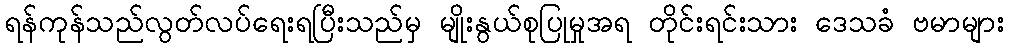
ရန်ကုန်သည်လွတ်လပ်ရေးရပြီးသည်မှ မျိုးနွယ်စုပြုမှုအရ တိုင်းရင်းသား ဒေသခံ ဗမာများ